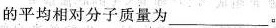
的平均相对分子质量为___。